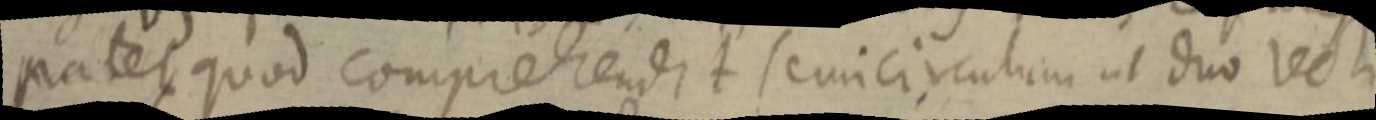
patet quod comprehendit semicirculum ut duo recti